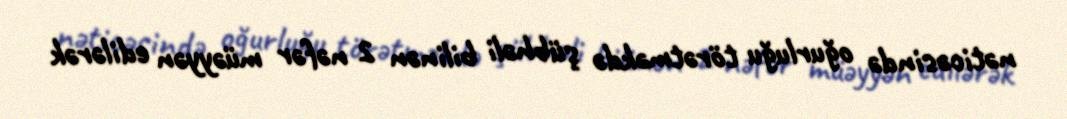
nəticəsində oğurluğu törətməkdə şübhəli bilinən 2 nəfər müəyyən edilərək